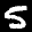
Label: 5